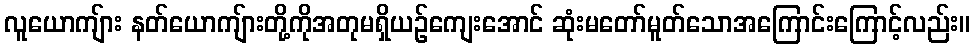
လူယောကျ်ား နတ်ယောကျ်ားတို့ကိုအတုမရှိယဉ်ကျေးအောင် ဆုံးမတော်မူတ်သောအကြောင်းကြောင့်လည်း။